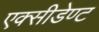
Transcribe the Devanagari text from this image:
एक्सीडेण्ट